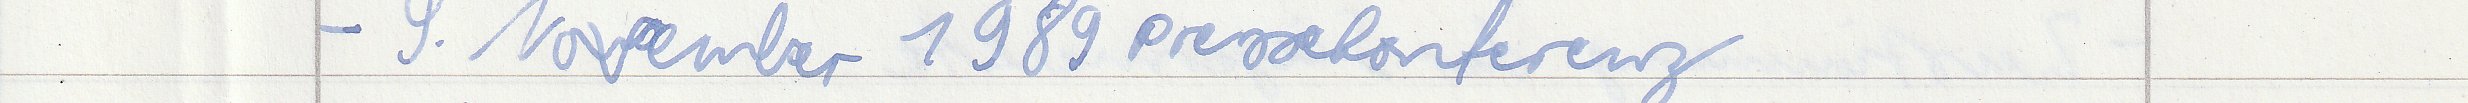
- 9. November 1989 Pressekonferenz